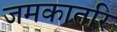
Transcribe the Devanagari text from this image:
जमकातरि